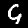
Digit: 9